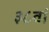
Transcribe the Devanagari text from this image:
३८वां